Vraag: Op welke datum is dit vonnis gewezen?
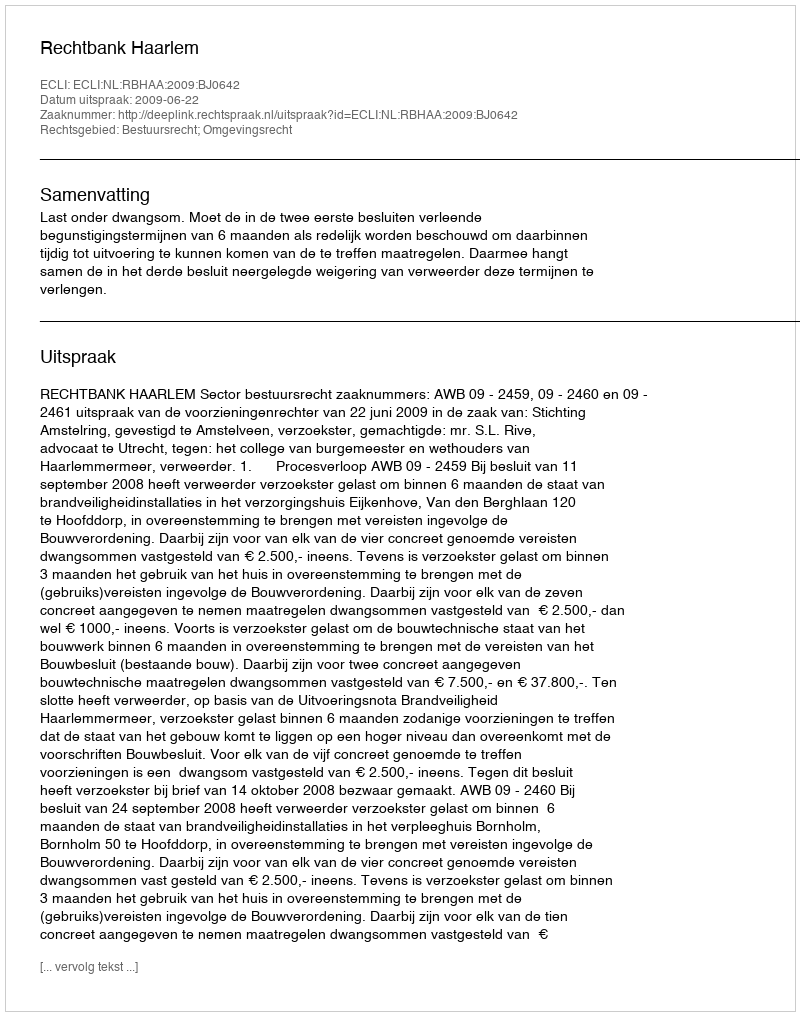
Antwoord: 2009-06-22